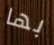
بها